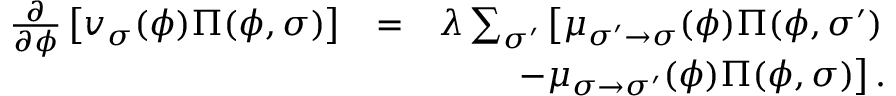
\begin{array} { r l r } { \frac { \partial } { \partial \phi } \left[ v _ { \sigma } ( \phi ) \Pi ( \phi , \sigma ) \right] } & { = } & { \lambda \sum _ { \sigma ^ { \prime } } \left[ \mu _ { \sigma ^ { \prime } \to \sigma } ( \phi ) \Pi ( \phi , \sigma ^ { \prime } ) \right. } \\ & { } & { \left. - \mu _ { \sigma \to \sigma ^ { \prime } } ( \phi ) \Pi ( \phi , \sigma ) \right] . } \end{array}